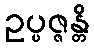
ဥပ္ပဇ္ဇန္တိ